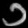
Digit: ၁